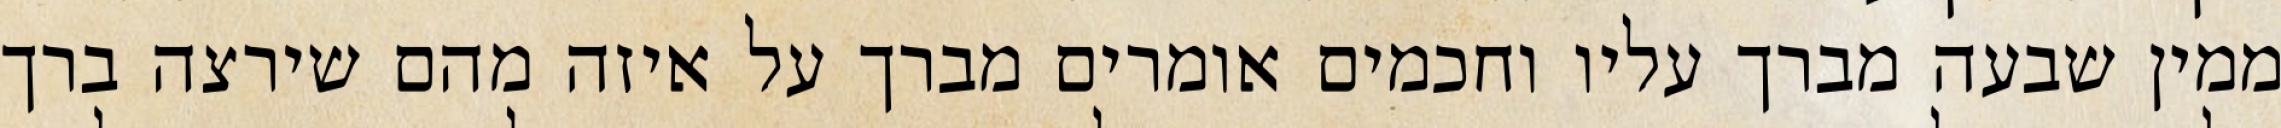
ממין שבעה מברך עליו וחכמים אומרים מברך על איזה מהם שירצה ברך